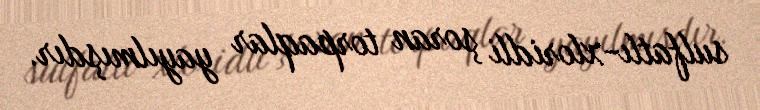
sulfatlı-xloridli şoran torpaqlar yayılmışdır.